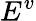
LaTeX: E^{v}